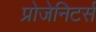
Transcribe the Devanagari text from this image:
प्रोजेनिटर्स